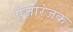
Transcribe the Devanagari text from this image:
ऐज़ोरंजक